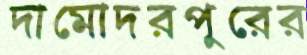
দামোদরপুরের